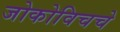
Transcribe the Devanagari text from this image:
जोकोविचचे